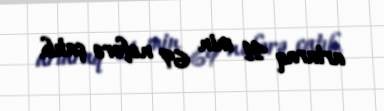
artaraq 41 min 69 nəfərə çatıb.